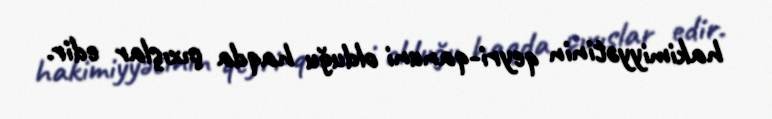
hakimiyyətinin qeyri-qanuni olduğu haqda çıxışlar edir.